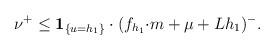
LaTeX: \begin{align*}\nu^{+}\le \mathbf{1}_{\{u=h_{1}\}}\cdot (f_{h_{1}}{\cdot m}+\mu+Lh_{1})^{-}.\end{align*}